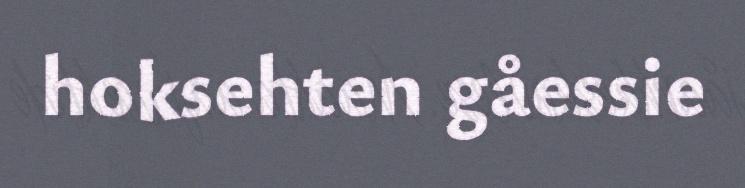
hoksehten gåessie